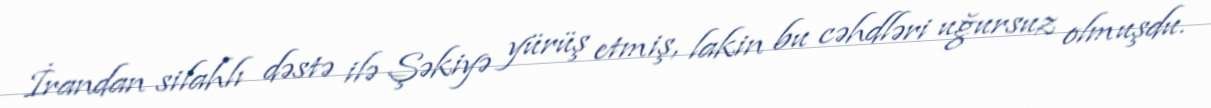
İrandan silahlı dəstə ilə Şəkiyə yürüş etmiş, lakin bu cəhdləri uğursuz olmuşdu.